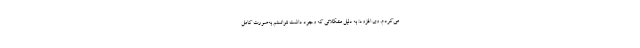
می‌کردم. وی افزود: به دلیل مشکلاتی که وجود داشت نتوانستم به‌صورت کامل